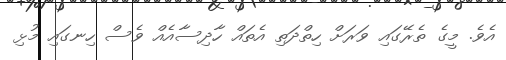
އެވެ. މީގެ ތެރޭގައި ވަރަށް ހިތްދަތި އެތައް ހާދިސާއެއް ވެސް ހިނގައި މުޅި